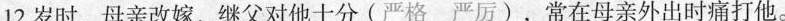
12岁时，母亲改嫁，继父对他十分(严格严厉)，常在母亲外出时痛打他。